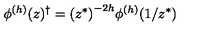
\phi ^ { ( h ) } ( z ) ^ { \dagger } = { ( z ^ { * } ) } ^ { - 2 h } \phi ^ { ( h ) } ( 1 / z ^ { * } )